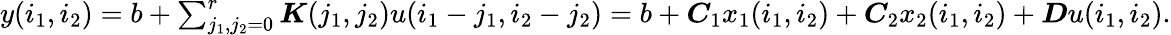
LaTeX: \begin{array}{r}{y(i_{1},i_{2})=b+\sum_{j_{1},j_{2}=0}^{r}\boldsymbol{K}(j_{1},j_{2})u(i_{1}-j_{1},i_{2}-j_{2})=b+\boldsymbol{C}_{1}x_{1}(i_{1},i_{2})+\boldsymbol{C}_{2}x_{2}(i_{1},i_{2})+\boldsymbol{D}u(i_{1},i_{2}).}\end{array}